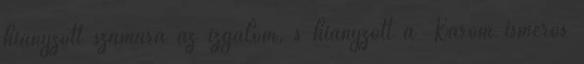
hiányzott számára az izgalom, s hiányzott a Karom ismerős